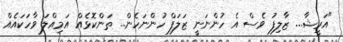
"އަރީޝާ... ޒާލިފު ވެސް އެ ހުންނަނީ ޒަލަފް ހުންނަހެން... ތަންކޮޅެއް އަމިއްލަ ވާހަކައެއް